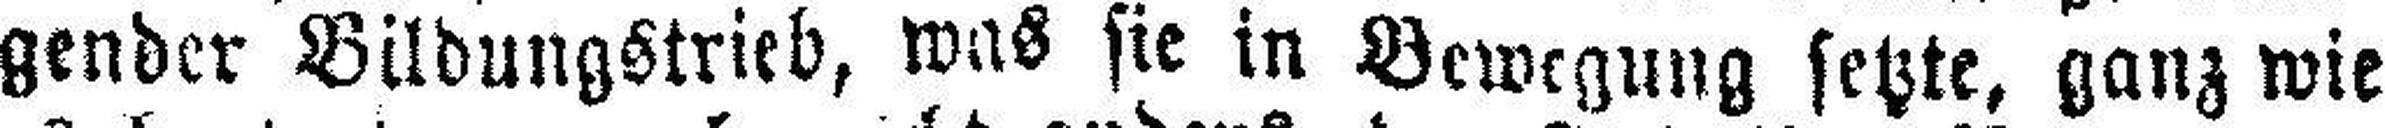
gender Bildungstrieb, was sie in Bewegung setzte, ganz wie